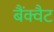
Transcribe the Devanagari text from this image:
बैंक्वैट